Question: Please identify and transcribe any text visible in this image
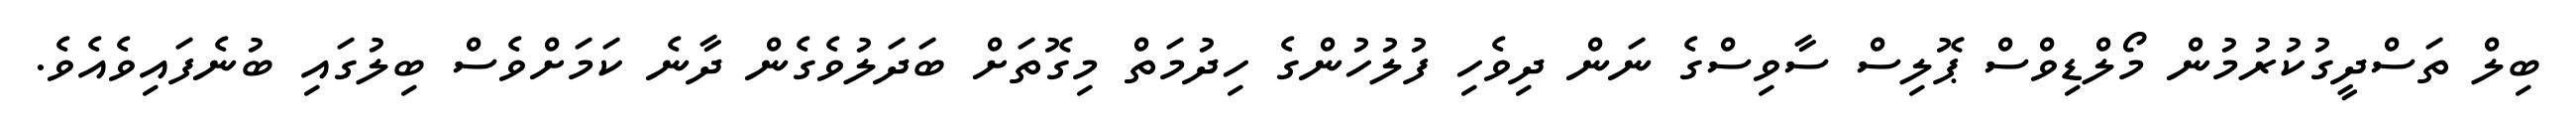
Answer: ބިލް ތަސްދީގުކުރުމުން މޯލްޑިވްސް ޕޮލިސް ސާވިސްގެ ނަން ދިވެހި ފުލުހުންގެ ހިދުމަތް މިގޮތަށް ބަދަލުވެގެން ދާނެ ކަމަށްވެސް ބިލުގައި ބުނެފައިވެއެވެ.